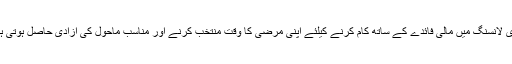
فری لانسنگ میں مالی فائدے کے ساتھ کام کرنے کیلئے اپنی مرضی کا وقت منتخب کرنے اور مناسب ماحول کی آزادی حاصل ہوتی ہے۔